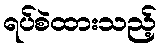
ရပ်စဲထားသည့်